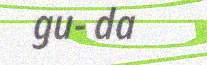
gu- da